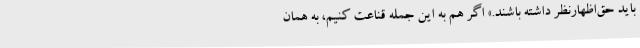
باید حق‌اظهارنظر داشته باشند.» اگر هم به این جمله قناعت کنیم، به همان